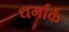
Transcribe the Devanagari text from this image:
धर्मार्क